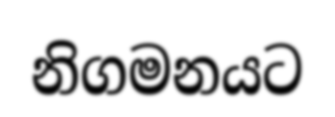
නිගමනයට